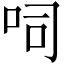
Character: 呞